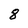
Character: 8